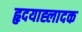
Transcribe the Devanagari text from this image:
हृदयाह्लादक